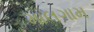
માલગામ